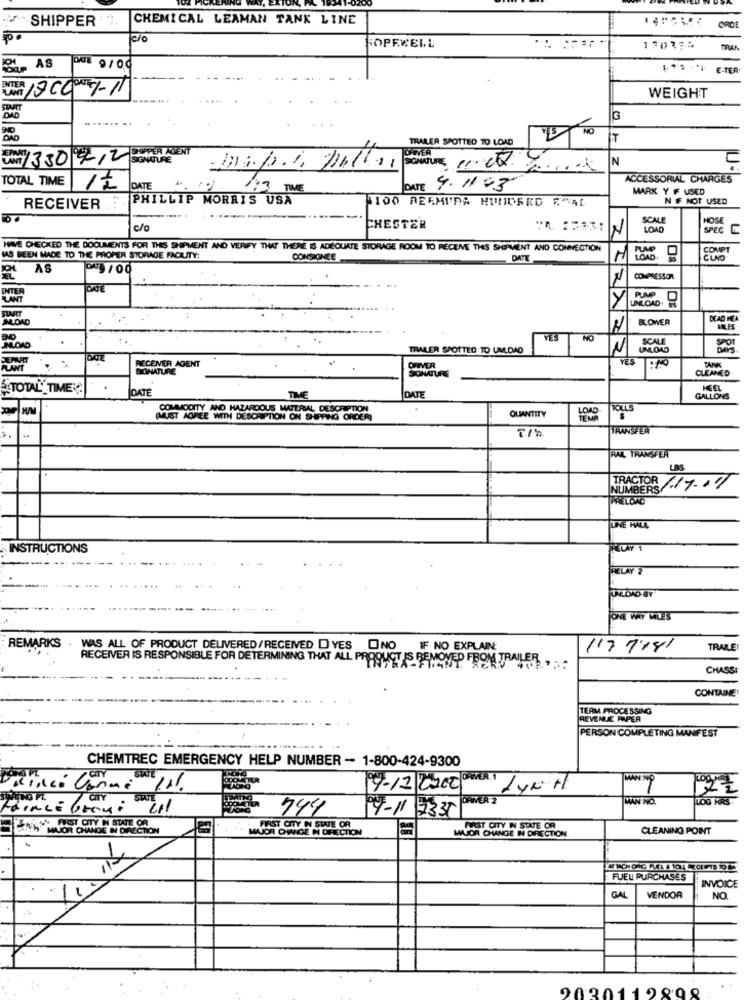
SHIPPER : *.
CHEMICAL LEAMAN TANK LINE
ORDE
c/o
HOPEWELL
130374
TRAN
*** *** E-TER
WEIGHT
G
NO
TRALER SPOTTED TO LOAD
UNT 1330 5-12 SUPER AGENT
SIGNATURE
N
C
SCULTURE 11.08. 201 16
TOTAL TIME
DATE 9-1193
ACCESSORIAL CHARGES
12 DATE
1:3 TIME
MARK Y IF USED
RECEIVER " PHILLIP MORRIS USA
N E NOT USED
1100 DERMUDA HUNDERD ESAL
ERYRIZ
-.
c/o
CHESTER
LOAD
HAVE CHECKED THE DOCUMENTS FOR THES SHIPMENT AND VERIFY THAT THERE IS ADEQUATE STORAGE ROOM TO RECEME THIS SHIPMENT AND CONNECTION
COMPT
IAS BEEN MADE TO THE PROPER STORAGE FACILITY:
CONSIGNEE
DATE
AS
COMPRESSOR
INTER
Y
8 45
JNOAD
BLOWER
XAO HEA
YES
NO
TRALER SPOTTZO TO UMLDAO
SCAL
DEMARIT
RECEIVER ADENT
YES
TANK
PLANT
SIGNATURE
SONATURE
ORIVER
CLEANED
TOTAL'_TIME :
DATE
TIME
HEEL
DATE
GALLONS
W/M
COMMODITY AND HAZARDOUS MATERIAL DESCRIPTION
OUIANTITY
TOLLS
(MUST AGREE WITH DESCRIPTION ON SHIPPING ORDER)
TRANSFER
RAL TRANSFER
LBS
TRACTOR
NUMBERS
1.17.15
PRELOAD
UNE HALL
INSTRUCTIONS
RELAY 2
ONE WAY MLE'S
REMARKS . WAS ALL OF PRODUCT DELIVERED/RECEIVED DYES ONO
IF NO EXPLAIN:
117 1.14/
TRAILET
RECEIVER IS RESPONSIBLE FOR DETERMINING THAT ALL PRODUCT IS REMOVE
CHASS
CONTAINE:
TEAM PROCESSING
REVENUE PAPER
PERSON COMPLETING MANIFEST
CHEMTREC EMERGENCY HELP NUMBER - 1-800-424-9300
CITY
MAN OP
cinco Comme IN.
19-11 2200 QUE LYR H
127
7 CRY
STATE
DRIVER 2
MAN NO
TOG HRS
744
09-11 2335
CITY N STUE OR
NONMAYOR CHANGE IN DIRECTION
MILOR CHANGE IN DIRECTION
FIRST CITY IN STATE OR
WUOR CHANGE IN DIRECTION
FIRST CITY IN STATE OR
CLEANING POINT
FUEL PURCHASES
INVOICE
GAL
VENDOR
NO
9020119808